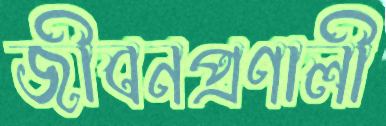
জীবনপ্রণালী